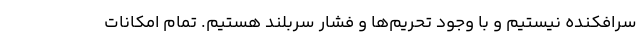
سرافکنده نیستیم و با وجود تحریم‌ها و فشار سربلند هستیم. تمام امکانات